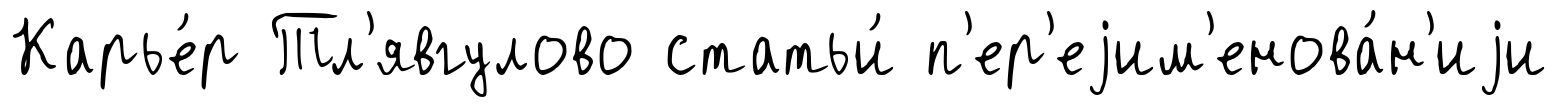
Карье́р Тл'явгулово статьи́ п'ер'еjим'енова́н'иjи